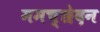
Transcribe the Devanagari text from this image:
ममच्छेदन